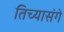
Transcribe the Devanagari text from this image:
तिच्यासंगे